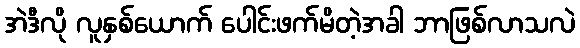
အဲဒီလို လူနှစ်ယောက် ပေါင်းဖက်မိတဲ့အခါ ဘာဖြစ်လာသလဲ